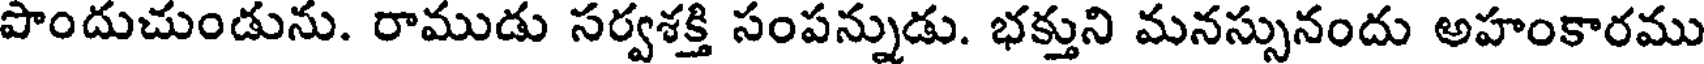
పొందుచుండును. రాముడు సర్వశక్తి సంపన్నుడు. భక్తుని మనస్సునందు అహంకారము